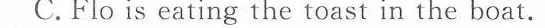
C.Flo is eating the toast in the boat.